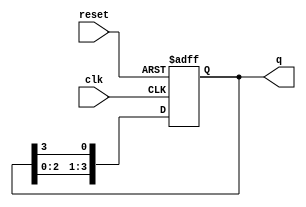
module bistable_ring_counter (
    input wire clk,          // Clock input
    input wire reset,        // Asynchronous reset input
    output reg [N-1:0] q     // Output state of the counter
);
    parameter N = 4;         // Number of flip-flops in the ring counter

    // Initial state of the counter
    initial begin
        q = 1'b1;            // Initialize the first flip-flop to high
    end

    always @(posedge clk or posedge reset) begin
        if (reset) begin
            q <= 1'b1;       // Reset the counter to initial state
        end else begin
            q <= {q[N-2:0], q[N-1]}; // Shift the high state to the next flip-flop
        end
    end
endmodule